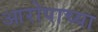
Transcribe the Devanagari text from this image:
आरोपाच्या